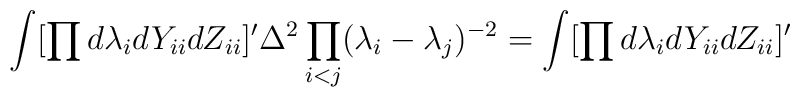
\int [\prod d \lambda_i d Y_{ii}d Z_{ii}]'\Delta^2\prod_{i<j}(\lambda_i-\lambda_j)^{-2}=\int [\prod d \lambda_i d Y_{ii}d Z_{ii}]'